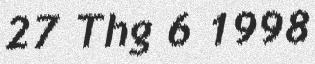
27 Thg 6 1998